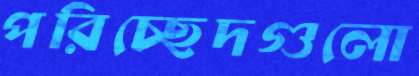
পরিচ্ছেদগুলো